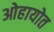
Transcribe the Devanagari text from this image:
ओहायोत